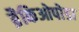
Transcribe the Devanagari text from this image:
ब्रैकिओपोडा